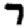
Digit: 7